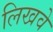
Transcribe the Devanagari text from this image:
लिखवे